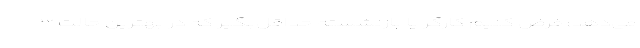
می‌دهد: فرض کنیم کارگر یا بازنشسته حداقل‌بگیر که در بهترین حالت ۳